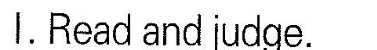
I.Read and judge.